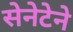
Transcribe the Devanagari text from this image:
सेनेटेने